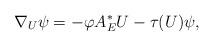
LaTeX: \begin{align*}\nabla _{U}\psi =-\varphi A_{E}^{\ast }U-\tau (U)\psi , \end{align*}